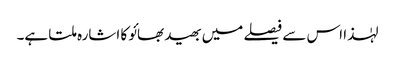
لہٰذا اس سے فیصلے میں بھید بھائو کا اشارہ ملتا ہے۔